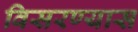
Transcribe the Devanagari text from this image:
विसरण्यास